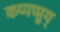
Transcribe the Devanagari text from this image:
कप्पप्प्तुय्